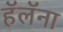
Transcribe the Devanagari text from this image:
हॅलॅना